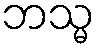
ဘသ္မ